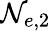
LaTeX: \mathcal N_{e,2}